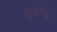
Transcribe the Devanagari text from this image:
ल्युकेनिका